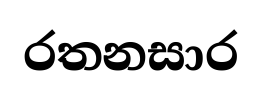
රතනසාර